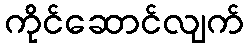
ကိုင်ဆောင်လျက်